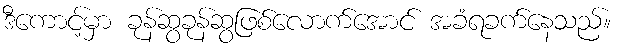
ဒီကောင့်မှာ ခုန်ဆွခုန်ဆွဖြစ်လောက်အောင် အခံရခက်နေသည်။